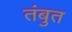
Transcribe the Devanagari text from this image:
तंबुत